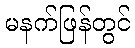
မနက်ဖြန်တွင်